King Institute of Preventive Medicine Micro-Biological Section reports 1912-19
Year: 1912
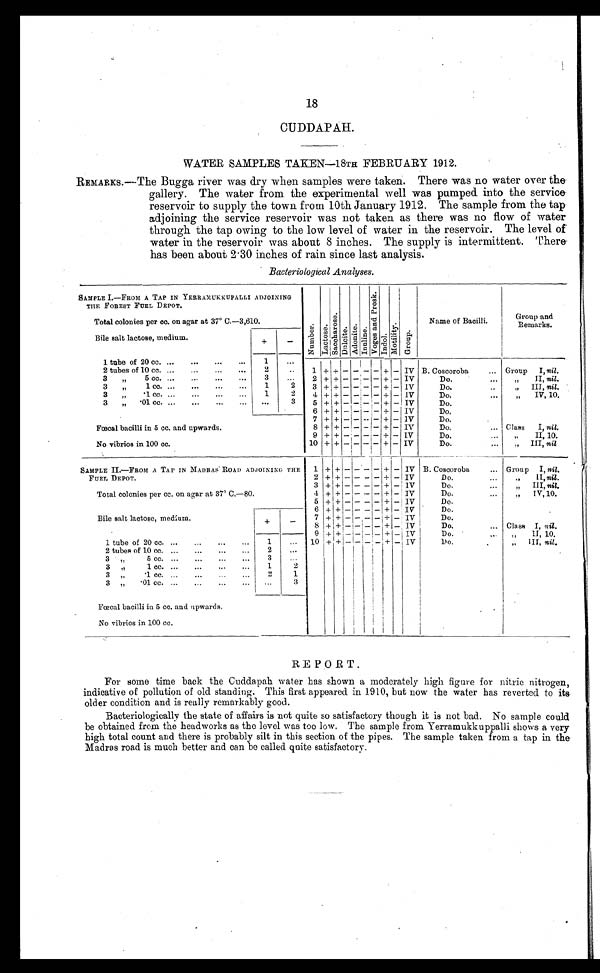
18
CUDDAPAH.
WATER SAMPLES TAKEN—18TH FEBRUARY 1912.
REMARKS.—The Bugga river was dry when samples were taken. There was no water over the
gallery. The water from the experimental well was pumped into the service
reservoir to supply the town from 10th January 1912. The sample from the tap
adjoining the service reservoir was not taken as there was no flow of water
through the tap owing to the low level of water in the reservoir. The level of
water in the reservoir was about 8 inches. The supply is intermittent. There
has 'been about 2.30 inches of rain since last analysis.
Bacteriological Analyses.
SAMPLE I.—FROM A TAP IN YERRAMUKKUPALLI ADJOINING
THE FOREST FUEL DEPOT.
Total colonies per cc. on agar at 37° C. —3,610.
Nu mb e r .
Lact ose.
S a c o h a r o s e .
D a l o i t e . A d o n i t e . I n u l i n e .
V o g e s a n d P r o s k .
I ndol . Mot i l i t y.
Group.
Name of Bacilli.
Group and
Remarks.
Bile salt lactose, medium.
+
-
1 tube of 20 cc. ...
...
...
...
1
...
2 tubes of 10 cc. ...
...
...
...
2
..
1 + + - - - - + - IV B. Coscoroba
... Group I, nil.
3
" 5 cc.
3
2 + + - - - - + - IV
Do.
...
"
II, nil.
3
"
1 cc.
1
2
3 + + - - - - + - IV
Do.
" III, nil.
3 "
.1 cc. ...
...
...
...
1
2
4 + + - - - - + - IV
Do.
...
"
IV, 10.
3
"
.01 cc. ... ... .., ..,
...
3
5 + + - - -I- + - I IV
Do.
Fœtal bacilli in 5 cc. and upwards.
No vibrios in 100 cc.
6 + + - - - - + - IV
Do,
7 + + - - - - + - IV
Do.
8 + + - - - - + - IV
Do.
... Class I, nil.
9 + + - I - -
+ - IV
Do.
...
"
II, 10.
10 + + - - -
+ - IV
Do.
...
" III, nil.
SAMPLE II.—FROM A TAP IN MADRAS ROAD ADJOINING THE
FUEL DEPOT.
Total colonies per cc. on agar at 37° C.—80.
1 + +
- -
- -
+
- IV B. Coscoroba
... Group I, nil.
2 + + - - - - + - IV
Do.
"
II, nil.
3 + + - - - - + - IV
Do.
...
,, III, nil.
4 + + - - - - + - IV
Do.
...
„ IV, 10.
Bile salt lactose, medium
5 + + - - - - + - IV
Do.
+
-
6 + + - - - -
+ - IV
Do.
7 + + - - - - + - IV
Do.
8 + + - - - - + - IV
Do.
... Class I, nil.
9 9 + + - - - - + - IV
Do.
"
II, 10.
1 tube of 20 cc. ...
...
...
...
1
... 10 + + - - - - + - IV
Do.
...
"
III, nil.
2 tubes of 10 cc. ...
...
...
...
2
...
3 "
5 cc.
3
3 "
1 cc. ...
...
..
...
1
2
3 "
.1 cc. ...
...
...
2
1
3 „
.01 cc. ... ... ... ...
3
Fœcal bacilli in 5 cc. and upwards.
No vibrios in 100 cc.
REPORT.
For some time back the Cuddapah water has shown a moderately high figure for nitric nitrogen,
indicative of pollution of old standing. This first appeared in 1910, but now the water has reverted to its
older condition and is really remarkably good.
Bacteriologically the state of affairs is not quite so satisfactory though it is not bad. No sample could
be obtained from the head works as the level was too low. The sample from Yerramukkuppalli shows a very
high total count and there is probably silt in this section of the pipes. The sample taken from a tap in the
Madras road is much better and can be called quite satisfactory.